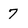
Character: 7